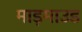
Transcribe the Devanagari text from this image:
माड़माउड